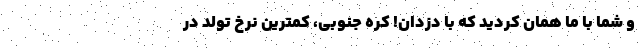
و شما با ما همان کردید که با دزدان! کره جنوبی، کمترین نرخ تولد در